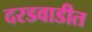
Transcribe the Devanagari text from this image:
दरडवाडीत